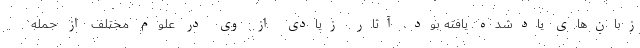
زبان‌های یادشده یافته بود. آثار زیادی از وی در علوم مختلف از جمله